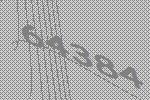
64384